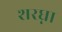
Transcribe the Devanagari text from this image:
शरघ्ना